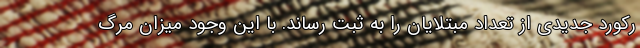
رکورد جدیدی از تعداد مبتلایان را به ثبت رساند. با این وجود میزان مرگ